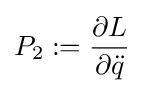
P_{2}:={\frac {\partial L}{\partial {\ddot {q}}}}